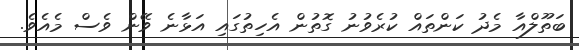
ބަތޫލްއާ މެދު ކަންތައް ކުރެވުނު ގޮތުން އެހިތުގައި އަޅާނެ ވޭން ވެސް މެއެވެ.